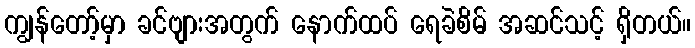
ကျွန်တော့်မှာ ခင်ဗျားအတွက် နောက်ထပ် ရေခဲစိမ် အဆင်သင့် ရှိတယ်။